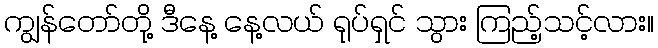
ကျွန်တော်တို့ ဒီနေ့ နေ့လယ် ရုပ်ရှင် သွား ကြည့်သင့်လား။